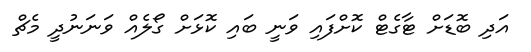
އަދި ބޮޑަށް ޓާގެޓް ކޮށްފައި ވަނީ ބައި ކޮޅަށް ގޯލެއް ވަނަނުދީ މެޗް